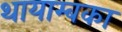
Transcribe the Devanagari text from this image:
थायाम्बका